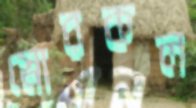
স্নোরকল